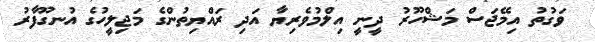
ވަގުތު އިމޭޖަސް މަޝްހޫރު ދީނީ އިލްމުވެރިޔާ އަދި ރައްޔިތުންގެ މަޖިލީހުގެ އުނގޫފާރު